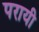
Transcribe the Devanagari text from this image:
परायी